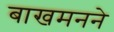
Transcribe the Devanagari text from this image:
बाखमनने